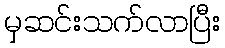
မှဆင်းသက်လာပြီး